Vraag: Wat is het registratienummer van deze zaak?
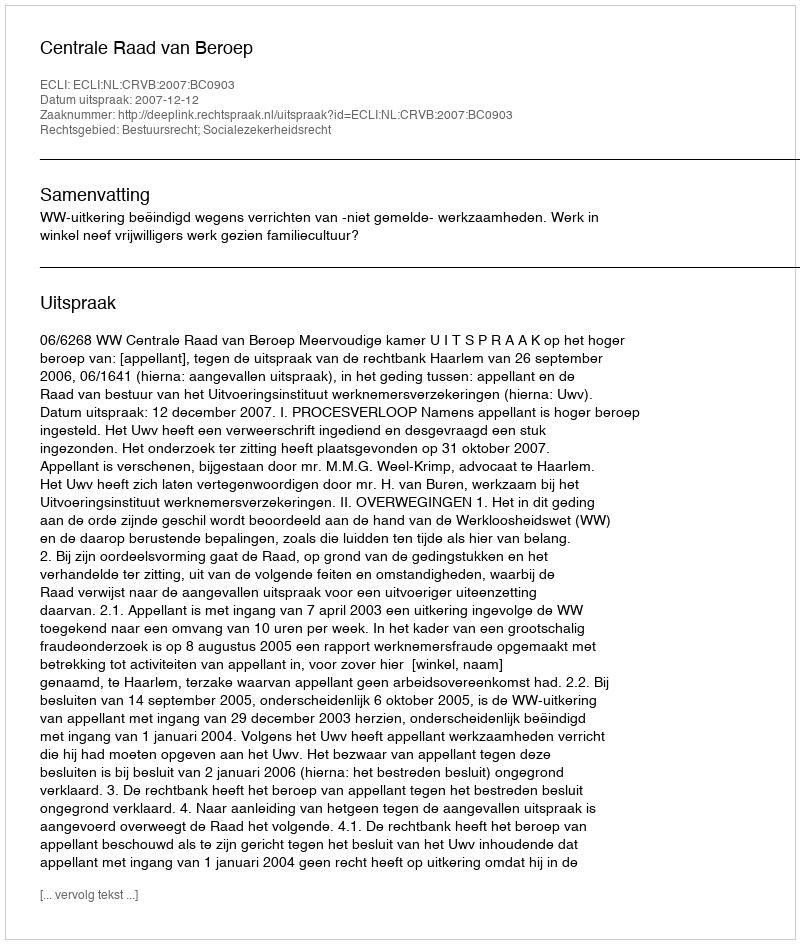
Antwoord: http://deeplink.rechtspraak.nl/uitspraak?id=ECLI:NL:CRVB:2007:BC0903